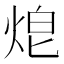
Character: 𤈥